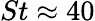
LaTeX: St\approx 40